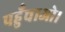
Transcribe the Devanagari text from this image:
पहुँचाओ।